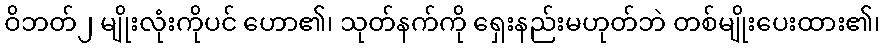
ဝိဘတ်၂ မျိုးလုံးကိုပင် ဟော၏၊ သုတ်နက်ကို ရှေးနည်းမဟုတ်ဘဲ တစ်မျိုးပေးထား၏၊